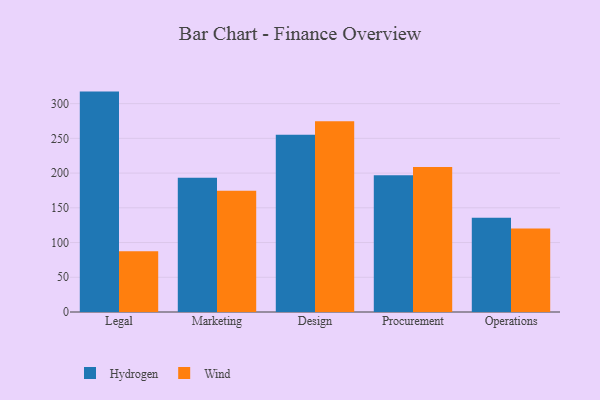
{"axis": {"x": "Department", "y": "Churn Rate (%)"}, "legend": ["Hydrogen", "Wind"], "data": [{"x": "Legal", "y": 317.3, "type": "Hydrogen"}, {"x": "Legal", "y": 87.5, "type": "Wind"}, {"x": "Marketing", "y": 193.3, "type": "Hydrogen"}, {"x": "Marketing", "y": 174.6, "type": "Wind"}, {"x": "Design", "y": 255.0, "type": "Hydrogen"}, {"x": "Design", "y": 274.5, "type": "Wind"}, {"x": "Procurement", "y": 196.7, "type": "Hydrogen"}, {"x": "Procurement", "y": 208.9, "type": "Wind"}, {"x": "Operations", "y": 135.6, "type": "Hydrogen"}, {"x": "Operations", "y": 120.1, "type": "Wind"}]}